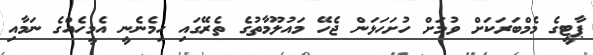
ޕާޓީގެ މެމްބަރަކަށް ވުމަށް ހުށަހަޅަން ޖެހޭ މައުލޫމާތުގެ ތެރޭގައި ހިމެނެނީ އެމީހެއްގެ ނަމާއި